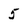
Character: 5